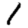
Digit: 1